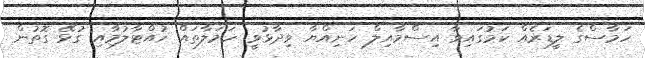
ހަމާސްގެ ލީޑަރެއް ކަމުގައިވާ އިސްމާއިލް ހަނިއްޔާ ވިދާޅުވީ ހަމަލާތައް ހުއްޓާލުމާއި ގުޅޭ ގޮތުން